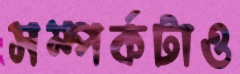
সম্পর্কটাও